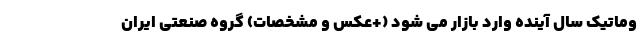
وماتیک سال آینده وارد بازار می شود (+عکس و مشخصات) گروه صنعتی ایران